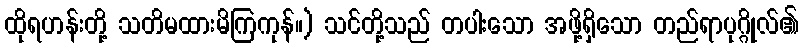
ထိုရဟန်းတို့ သတိမထားမိကြကုန်။) သင်တို့သည် တပါးသော အဖို့ရှိသော တည်ရာပုဂ္ဂိုလ်၏